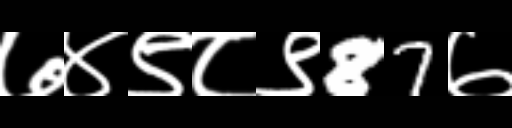
Text: ७४९८९87७